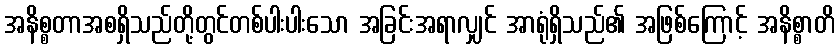
အနိစ္စတာအစရှိသည်တို့တွင်တစ်ပါးပါးသော အခြင်းအရာလျှင် အာရုံရှိသည်၏ အဖြစ်ကြောင့် အနိစ္စာတိ